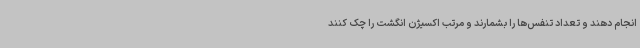
انجام دهند و تعداد تنفس‌ها را بشمارند و مرتب اکسیژن انگشت را چک کنند